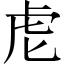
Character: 䖈